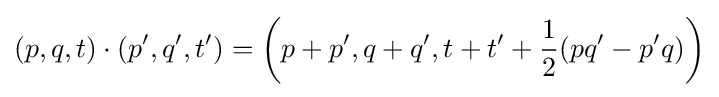
(p,q,t)\cdot \left(p',q',t'\right)=\left(p+p',q+q',t+t'+{\frac {1}{2}}(pq'-p'q)\right)